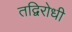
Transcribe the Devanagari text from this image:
तद्विरोधी